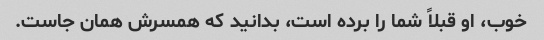
خوب، او قبلاً شما را برده است، بدانید که همسرش همان جاست.